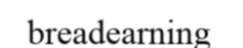
breadearning